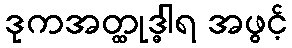
ဒုကအတ္ထုဒ္ဓါရ အဖွင့်